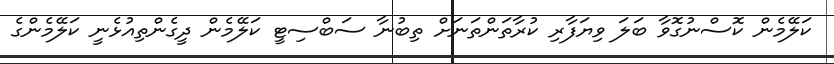
ކަލޭމެން ކޮސްނުގޮވާ ބަލަ ވިޔަފާރި ކުރާތަންތަނަށް ތިބުނާ ސަބްސިޓީ ކަލޭމެން ދީގެންތިއުޅެނީ ކަލޭމެންގެ